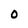
Character: 0